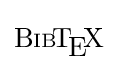
{\mathrm {B{\scriptstyle {IB}}\!T\!_{\displaystyle E}\!X} }